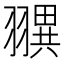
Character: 𦒖